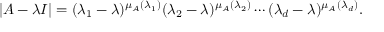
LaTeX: | A - \lambda I | = ( \lambda _ { 1 } - \lambda ) ^ { \mu _ { A } ( \lambda _ { 1 } ) } ( \lambda _ { 2 } - \lambda ) ^ { \mu _ { A } ( \lambda _ { 2 } ) } \cdots ( \lambda _ { d } - \lambda ) ^ { \mu _ { A } ( \lambda _ { d } ) } .